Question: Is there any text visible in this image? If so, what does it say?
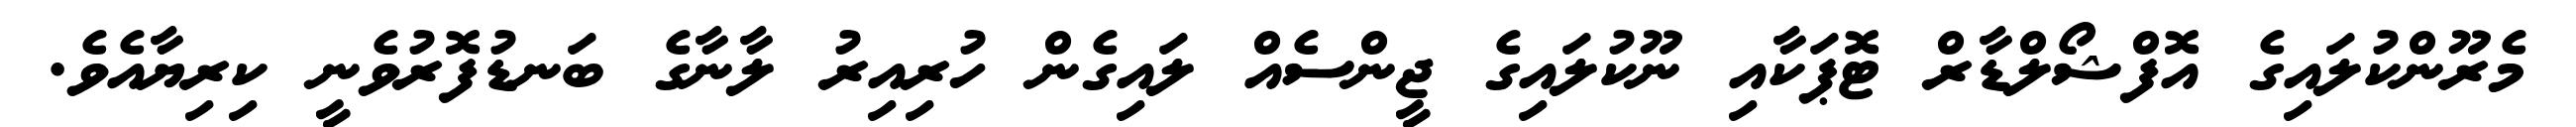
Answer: މެރޫންކުލައިގެ އޮފްޝޯލްޑާރް ޓޮޕަކާއި ނޫކުލައިގެ ޖީންސެއް ލައިގެން ހުރިއިރު ލާނާގެ ބަނޑުފޮރުވެނީ ކިރިޔާއެވެ.